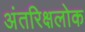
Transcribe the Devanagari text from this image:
अंतरिक्षलोक